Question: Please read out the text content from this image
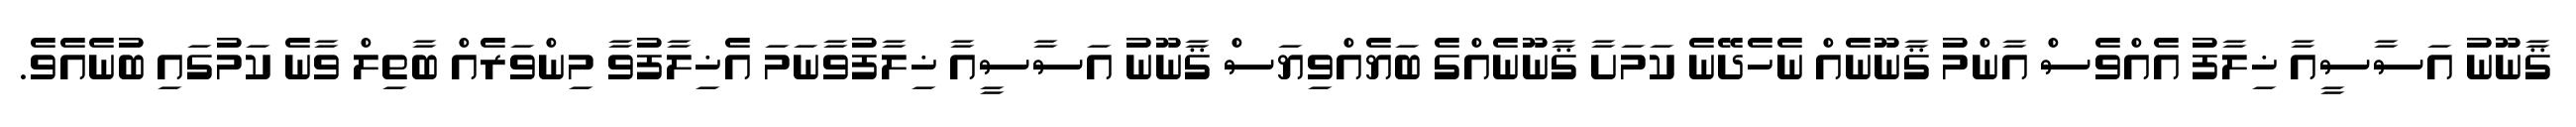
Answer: ޤާނޫނު އަސާސީއާ ޚިލާފު އެއްވެސް އާންމު ޤާނޫނެއް ނެހެދޭނެ ކަމަށާ ޤާނޫނެއްގެ ބަޔެއްވިޔަސް ޤާނޫނު އަސާސީއާ ޚިލާފުވާނަމަ އެޚިލާފުވާ މިންވަރެއް ބާތިލް ވާނެ ކަމުގައި ބުނެއެވެ.